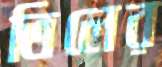
তিলের